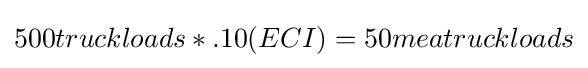
500truckloads*.10(ECI)=50meatruckloads